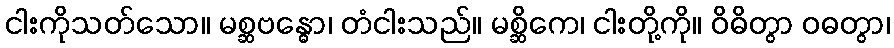
ငါးကိုသတ်သော။ မစ္ဆဗန္ဓော၊ တံငါးသည်။ မစ္ဆိကေ၊ ငါးတို့ကို။ ဝိဓိတွာ ဝဓတွာ၊